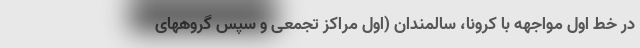
در خط اول مواجهه با کرونا، سالمندان (اول مراکز تجمعی و سپس گروههای